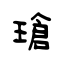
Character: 瑲